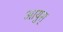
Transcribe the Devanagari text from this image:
आयुस्